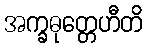
အက္ခဓုတ္တေဟီတိ